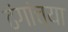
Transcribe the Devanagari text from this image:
ढंगांच्या